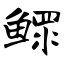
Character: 鳏